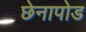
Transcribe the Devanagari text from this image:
छेनापोड